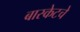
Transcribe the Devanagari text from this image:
बास्केटचे